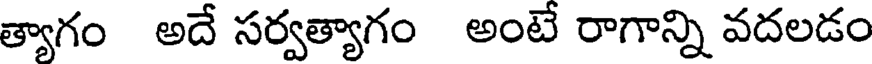
త్యాగం అదే సర్వత్యాగం అంటే రాగాన్ని వదలడం